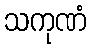
သကုဏံ